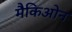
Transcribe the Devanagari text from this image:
मैकिओन